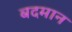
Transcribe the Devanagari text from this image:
बदमान